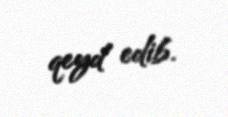
qeyd edib.